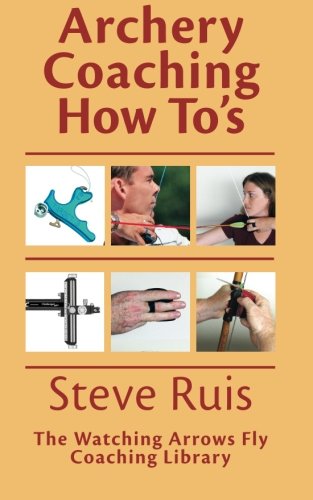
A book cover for Archery Coaching How-To's; Steve Ruis; Sports & Outdoors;